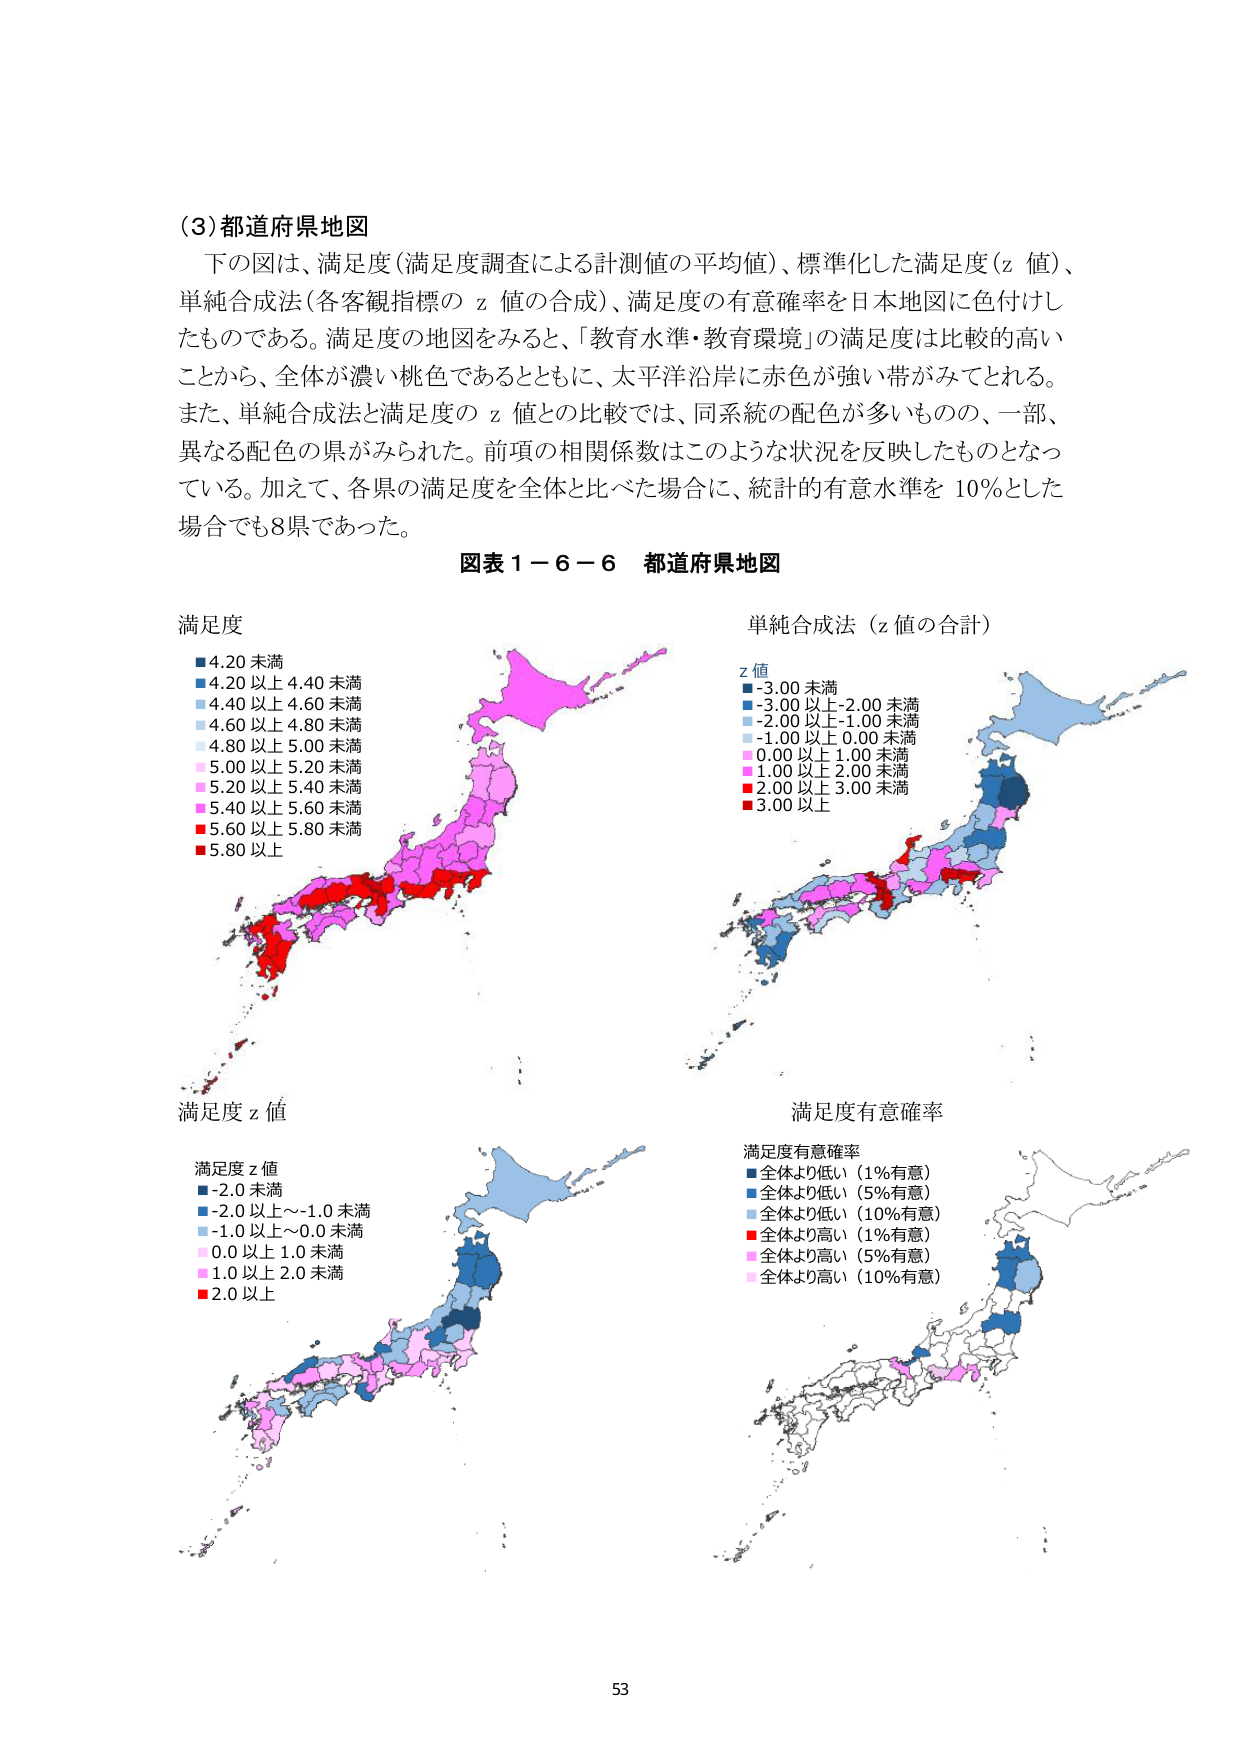
(3) 都道府県地図
下の図は、満足度（満足度調査による計測値の平均値）、標準化した満足度（z 値）、単純合成法（各客観指標の z 値の合成）、満足度の有意確率を日本地図に色付けしたものである。満足度の地図をみると、「教育水準・教育環境」の満足度は比較的高いことから、全体が濃い桃色であるとともに、太平洋沿岸に赤色が強い帯がみてとれる。また、単純合成法と満足度の z 値との比較では、同系統の配色が多いものの、一部、異なる配色の県がみられた。前項の相関係数はこのような状況を反映したものとなっている。加えて、各県の満足度を全体と比べた場合に、統計的有意水準を 10％とした場合でも8県であった。

図表 1－6－6 都道府県地図

満足度
■ 4.20 未満
■ 4.20 以上 4.40 未満
■ 4.40 以上 4.60 未満
■ 4.60 以上 4.80 未満
■ 4.80 以上 5.00 未満
■ 5.00 以上 5.20 未満
■ 5.20 以上 5.40 未満
■ 5.40 以上 5.60 未満
■ 5.60 以上 5.80 未満
■ 5.80 以上

単純合成法（z 値の合計）
z 値
■ -3.00 未満
■ -3.00 以上-2.00 未満
■ -2.00 以上-1.00 未満
■ -1.00 以上 0.00 未満
■ 0.00 以上 1.00 未満
■ 1.00 以上 2.00 未満
■ 2.00 以上 3.00 未満
■ 3.00 以上

満足度 z 値
満足度 z 値
■ -2.0 未満
■ -2.0 以上～-1.0 未満
■ -1.0 以上～0.0 未満
■ 0.0 以上 1.0 未満
■ 1.0 以上 2.0 未満
■ 2.0 以上

満足度有意確率
満足度有意確率
■ 全体より低い（1%有意）
■ 全体より低い（5%有意）
■ 全体より低い（10%有意）
■ 全体より高い（1%有意）
■ 全体より高い（5%有意）
■ 全体より高い（10%有意）

53